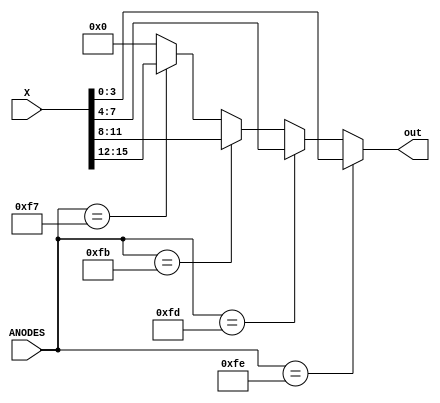
`timescale 1ns / 1ps

module decoder(ANODES, X, out);
    
    input  [7:0] ANODES;
    input  [15:0] X;
    output reg [3:0] out;


always@(*)
begin
           out    = (ANODES == 8'b11111110) ? X[3:0]:
                    (ANODES == 8'b11111101) ? X[7:4]:
                    (ANODES == 8'b11111011) ? X[11:8]:
                    (ANODES == 8'b11110111) ? X[15:12]:
                    4'b0000;
end
endmodule